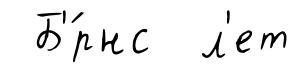
Б'́рнс л'ет